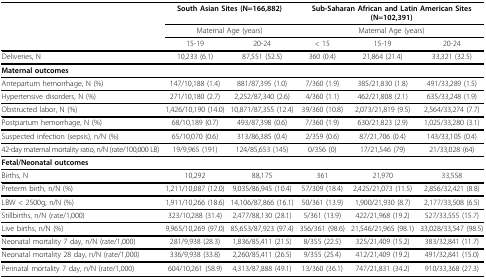
<table><thead><tr><td></td><td colspan="2"><b>South Asian Sites (N=166,882)</b></td><td colspan="3"><b>Sub-Saharan African and Latin American Sites (N=102,391)</b></td></tr><tr><td></td><td colspan="2"><b>Maternal Age (years)</b></td><td colspan="3"><b>Maternal Age (years)</b></td></tr><tr><td></td><td><b>15-19</b></td><td><b>20-24</b></td><td><b>&lt; 15</b></td><td><b>15-19</b></td><td><b>20-24</b></td></tr></thead><tbody><tr><td>Deliveries, N</td><td>10,233 (6.1)</td><td>87,551 (52.5)</td><td>360 (0.4)</td><td>21,864 (21.4)</td><td>33,321 (32.5)</td></tr><tr><td><b>Maternal outcomes</b></td><td></td><td></td><td></td><td></td><td></td></tr><tr><td>Antepartum hemorrhage, N (%)</td><td>147/10,188 (1.4)</td><td>881/87,395 (1.0)</td><td>7/360 (1.9)</td><td>385/21,830 (1.8)</td><td>491/33,289 (1.5)</td></tr><tr><td>Hypertensive disorders, N (%)</td><td>271/10,180 (2.7)</td><td>2,252/87,340 (2.6)</td><td>4/360 (1.1)</td><td>462/21,808 (2.1)</td><td>635/33,248 (1.9)</td></tr><tr><td>Obstructed labor, N (%)</td><td>1,426/10,190 (14.0)</td><td>10,871/87,355 (12.4)</td><td>39/360 (10.8)</td><td>2,073/21,819 (9.5)</td><td>2,564/33,274 (7.7)</td></tr><tr><td>Postpartum hemorrhage, N (%)</td><td>68/10,189 (0.7)</td><td>493/87,398 (0.6)</td><td>7/360 (1.9)</td><td>630/21,823 (2.9)</td><td>1,025/33,280 (3.1)</td></tr><tr><td>Suspected infection (sepsis), n/N (%)</td><td>65/10,070 (0.6)</td><td>313/86,385 (0.4)</td><td>2/359 (0.6)</td><td>87/21,706 (0.4)</td><td>143/33,105 (0.4)</td></tr><tr><td>42-day maternal mortality ratio, n/N (rate/100,000 LB)</td><td>19/9,965 (191)</td><td>124/85,653 (145)</td><td>0/356 (0)</td><td>17/21,546 (79)</td><td>21/33,028 (64)</td></tr><tr><td><b>Fetal/Neonatal outcomes</b></td><td></td><td></td><td></td><td></td><td></td></tr><tr><td>Births, N</td><td>10,292</td><td>88,175</td><td>361</td><td>21,970</td><td>33,558</td></tr><tr><td>Preterm birth, n/N (%)</td><td>1,211/10,087 (12.0)</td><td>9,035/86,945 (10.4)</td><td>57/309 (18.4)</td><td>2,425/21,073 (11.5)</td><td>2,856/32,421 (8.8)</td></tr><tr><td>LBW &lt; 2500g, n/N (%)</td><td>1,911/10,266 (18.6)</td><td>14,106/87,866 (16.1)</td><td>50/361 (13.9)</td><td>1,900/21,930 (8.7)</td><td>2,177/33,508 (6.5)</td></tr><tr><td>Stillbirths, n/N (rate/1,000)</td><td>323/10,288 (31.4)</td><td>2,477/88,130 (28.1)</td><td>5/361 (13.9)</td><td>422/21,968 (19.2)</td><td>527/33,555 (15.7)</td></tr><tr><td>Live births, n/N (%)</td><td>9,965/10,269 (97.0)</td><td>85,653/87,923 (97.4)</td><td>356/361 (98.6)</td><td>21,546/21,965 (98.1)</td><td>33,028/33,547 (98.5)</td></tr><tr><td>Neonatal mortality 7 day, n/N (rate/1,000)</td><td>281/9,938 (28.3)</td><td>1,836/85,411 (21.5)</td><td>8/355 (22.5)</td><td>325/21,409 (15.2)</td><td>383/32,841 (11.7)</td></tr><tr><td>Neonatal mortality 28 day, n/N (rate/1,000)</td><td>336/9,938 (33.8)</td><td>2,260/85,411 (26.5)</td><td>9/355 (25.4)</td><td>412/21,409 (19.2)</td><td>491/32,841 (15.0)</td></tr><tr><td>Perinatal mortality 7 day, n/N (rate/1,000)</td><td>604/10,261 (58.9)</td><td>4,313/87,888 (49.1)</td><td>13/360 (36.1)</td><td>747/21,831 (34.2)</td><td>910/33,368 (27.3)</td></tr></tbody></table>